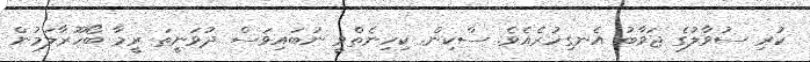
ކުރި ސުވާލުގެ ޖަވާބު އެނގިހުރެއެވެ. ސްކިން. ކިހިނެތްވީ ނުބައިވަސް ދުވަނީތަ ރީމާ ބޯހޫރާލަމުން